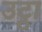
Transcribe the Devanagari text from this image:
उट्ठा